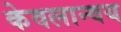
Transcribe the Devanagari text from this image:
केवलान्वय